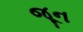
જૂૂન